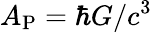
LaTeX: A_{\mathrm{P}}=\hbar G/c^{3}